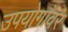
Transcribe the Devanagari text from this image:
उपयोगांवर